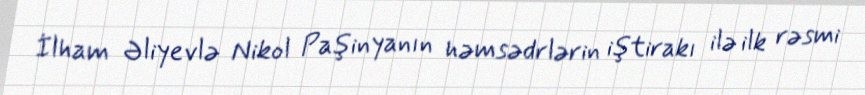
İlham Əliyevlə Nikol Paşinyanın həmsədrlərin iştirakı ilə ilk rəsmi